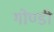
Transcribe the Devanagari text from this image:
गोण्डी